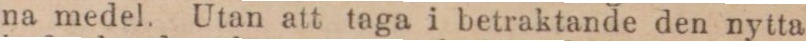
na medel. Utan att taga i betraktande den nytta